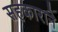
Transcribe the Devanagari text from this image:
सहकाराने